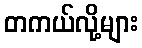
တကယ်လို့များ